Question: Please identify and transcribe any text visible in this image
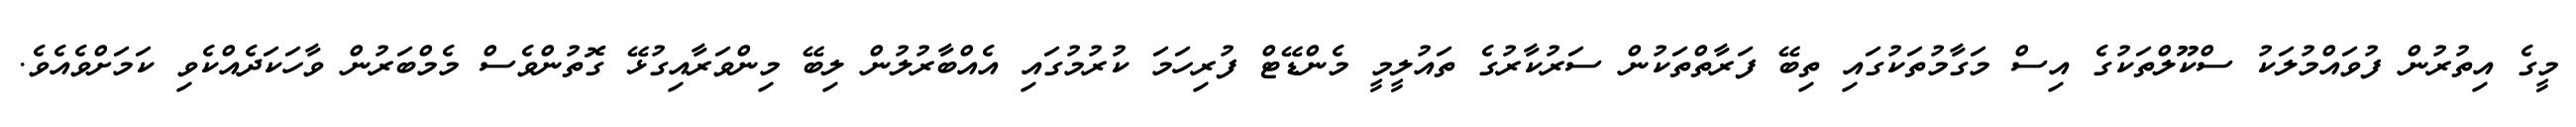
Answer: މީގެ އިތުރުން ފުވައްމުލަކު ސްކޫލްތަކުގެ އިސް މަގާމުތަކުގައި ތިބޭ ފަރާތްތަކުން ސަރުކާރުގެ ތައުލީމީ މެންޑޭޓް ފުރިހަމަ ކުރުމުގައި އެއްބާރުލުން ލިބޭ މިންވަރާއިގުޅޭ ގޮތުންވެސް މެމްބަރުން ވާހަކަދެއްކެވި ކަމަށްވެއެވެ.